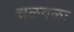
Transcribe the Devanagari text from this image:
चळवळः